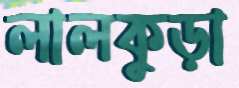
লালকুড়া